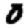
Digit: 0